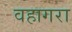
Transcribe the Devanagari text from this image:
वहागरा